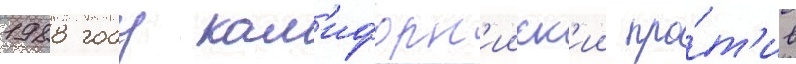
1988 году кал'ифорн'ииск'ии про́т'ив